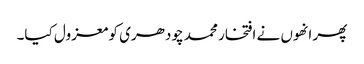
پھر انھوں نے افتخار محمد چودھری کو معزول کیا۔